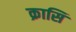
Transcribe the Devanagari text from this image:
क्रासि